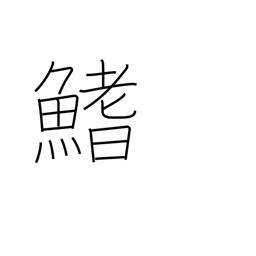
Meaning: fin